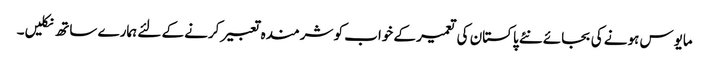
مایوس ہونے کی بجائے نئے پاکستان کی تعمیر کے خواب کو شرمندہ تعبیر کرنے کے لئے ہمارے ساتھ نکلیں۔